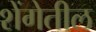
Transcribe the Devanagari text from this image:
शेंगेतील